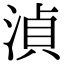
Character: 湞